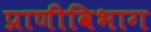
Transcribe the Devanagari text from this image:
प्राणीविभाग